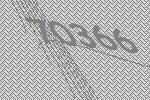
70366